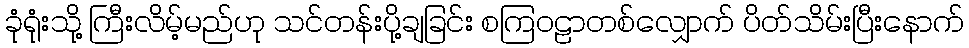
ခုံရုံးသို့ ကြီးလိမ့်မည်ဟု သင်တန်းပို့ချခြင်း စကြဝဠာတစ်လျှောက် ပိတ်သိမ်းပြီးနောက်